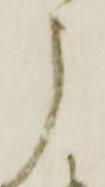
う